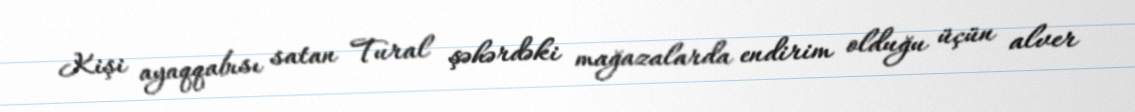
Kişi ayaqqabısı satan Tural şəhərdəki mağazalarda endirim olduğu üçün alver